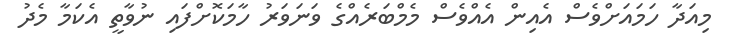
މިއަދާ ހަމައަށްވެސް އެއިން އެއްވެސް މެމްބަރެއްގެ ވަނަވަރު ހާމަކޮށްފައި ނުވާތީ އެކަމާ މެދު